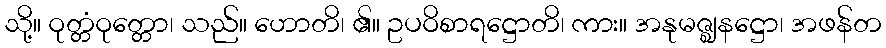
သို့။ ဝုတ္တံဝုတ္တော၊ သည်။ ဟောတိ၊ ၏။ ဥပဝိစာရဋ္ဌောတိ၊ ကား။ အနုမဇ္ဈနဋ္ဌော၊ အဖန်တ